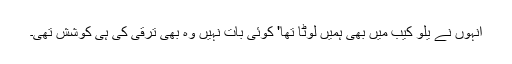
انہوں نے یلو کیب میں بھی ہمیں لوٹا تھا' کوئی بات نہیں وہ بھی ترقی کی ہی کوشش تھی۔